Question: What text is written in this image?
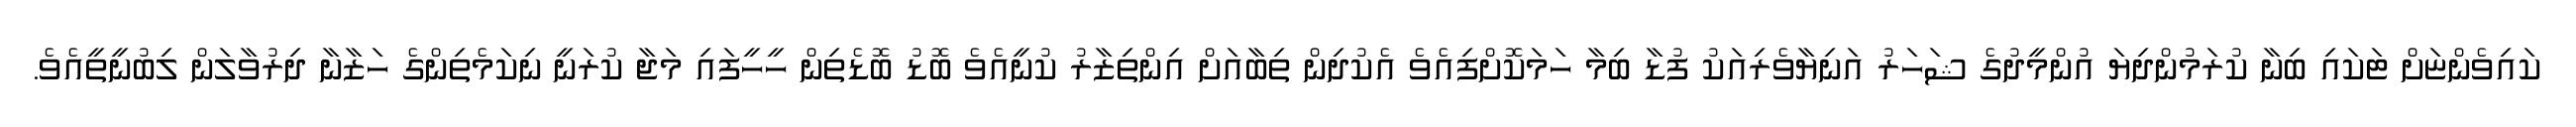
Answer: ކައިވެންޏަށް ޓަކައި ބިނާ ކުރަމުންދިޔަ އުންމީދުގެ ޝަހަރު އަނިޔާވެރިއަކު ފުޑާ ބިމާ ހަމަކޮށްފިއެވެ އެކުދިން ތިބާއަށް އިންތިޒާރު ކުނީއެވެ ބޮޑު ބޮޑެތިން ހީހީފައި މަޖާ ކުރަނީ ނިކަމެތިންގެ ހަޒާނާ ދިރުވާލަން ލިބުނީތީއެވެ.